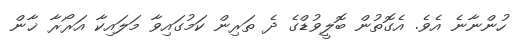
ހުންނާނެ އެވެ. އެގޮތުން ބޮލީވުޑްގެ ދެ ތަރިން ކަމުގައިވާ މަލައިކާ އަރޯރާ ޚާން